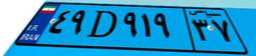
۴۹D۹۱۹۳۷